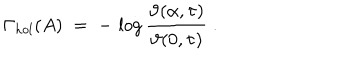
\Gamma _ { h o l } ( A ) \; = \; - \, \log \frac { \vartheta ( \alpha , \tau ) } { \vartheta ( 0 , \tau ) } \; .